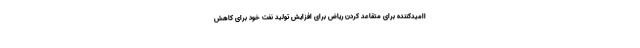
اامیدکننده برای متقاعد کردن ریاض برای افزایش تولید نفت خود برای کاهش